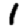
Digit: 1